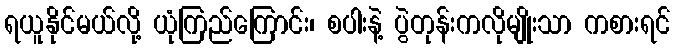
ရယူနိုင်မယ်လို့ ယုံကြည်ကြောင်း၊ စပါးနဲ့ ပွဲတုန်းကလိုမျိုးသာ ကစားရင်